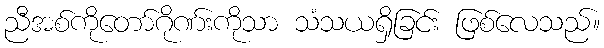
ညီအစ်ကိုတော်ဂိုဏ်းကိုသာ သံသယရှိခြင်း ဖြစ်လေသည်။